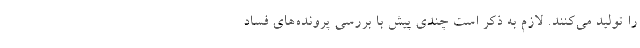
را تولید می‌کنند. لازم به ذکر است چندی پیش با بررسی پرونده‌های فساد